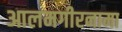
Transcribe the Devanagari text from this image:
आलमगीरनामा